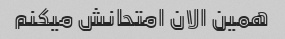
همین الان امتحانش میکنم